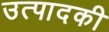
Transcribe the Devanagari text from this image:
उत्पादकी